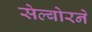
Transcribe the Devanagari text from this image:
सेल्बोरने